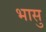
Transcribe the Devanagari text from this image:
भासु